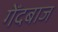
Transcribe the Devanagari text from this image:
गेँदबाज